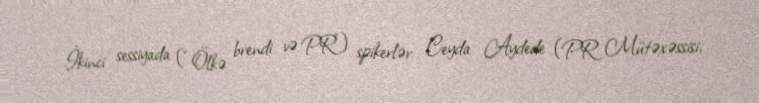
İkinci sessiyada (“Ölkə brendi və PR”) spikerlər Ceyda Aydede (PR Mütəxəssisi,